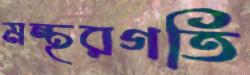
মন্থরগতি